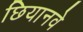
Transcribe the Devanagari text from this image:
छियानवे